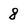
Character: 8